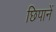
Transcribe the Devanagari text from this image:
छिपानें